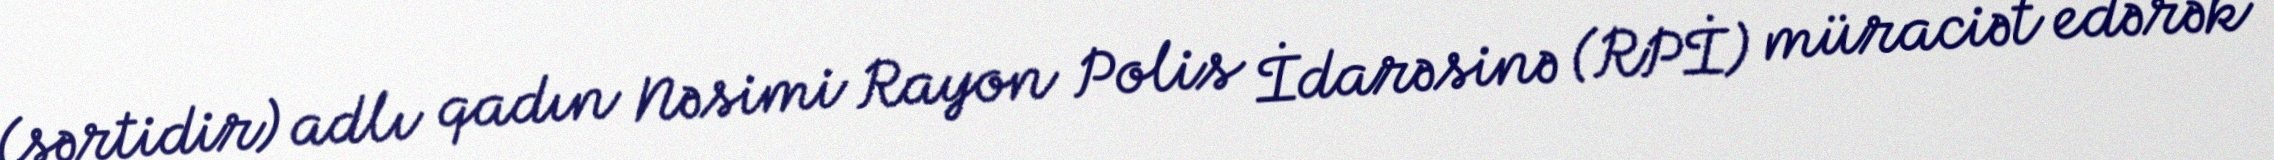
(şərtidir) adlı qadın Nəsimi Rayon Polis İdarəsinə (RPİ) müraciət edərək